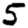
Digit: 5